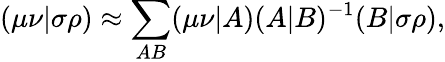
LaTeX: (\mu\nu|\sigma\rho)\approx\sum_{AB}(\mu\nu|A)(A|B)^{-1}(B|\sigma\rho),